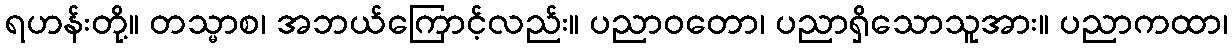
ရဟန်းတို့။ တသ္မာစ၊ အဘယ်ကြောင့်လည်း။ ပညာဝတော၊ ပညာရှိသောသူအား။ ပညာကထာ၊